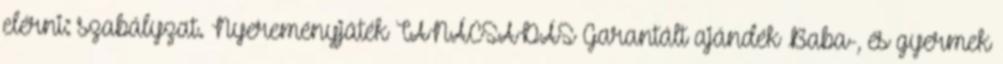
elérni: szabályzat. Nyereményjáték TANÁCSADÁS Garantált ajándék Baba-, és gyermek